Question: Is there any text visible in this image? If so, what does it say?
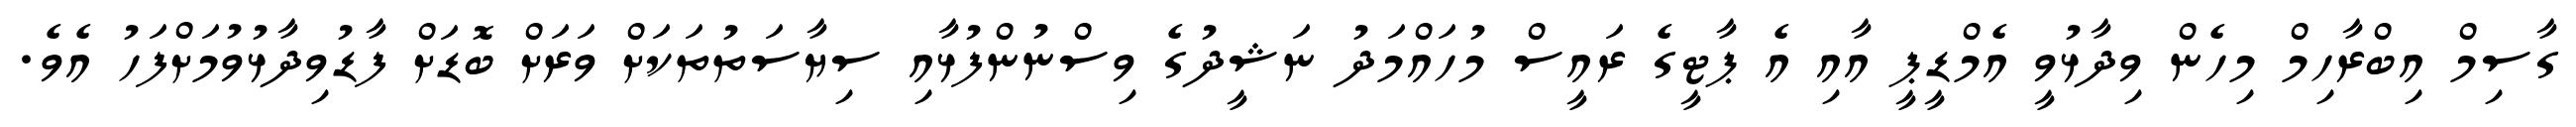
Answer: ގާސިމް އިބްރާހިމް މިހެން ވިދާޅުވީ އެމްޑީޕީ އާއި އެ ޕާޓީގެ ރައީސް މުހައްމަދު ނަޝީދުގެ ވިސްނުންފުޅާއި ސިޔާސަތުތަކަށް ވަރަށް ބޮޑަށް ފާޑުވިދާޅުވުމަށްފަހު އެވެ.